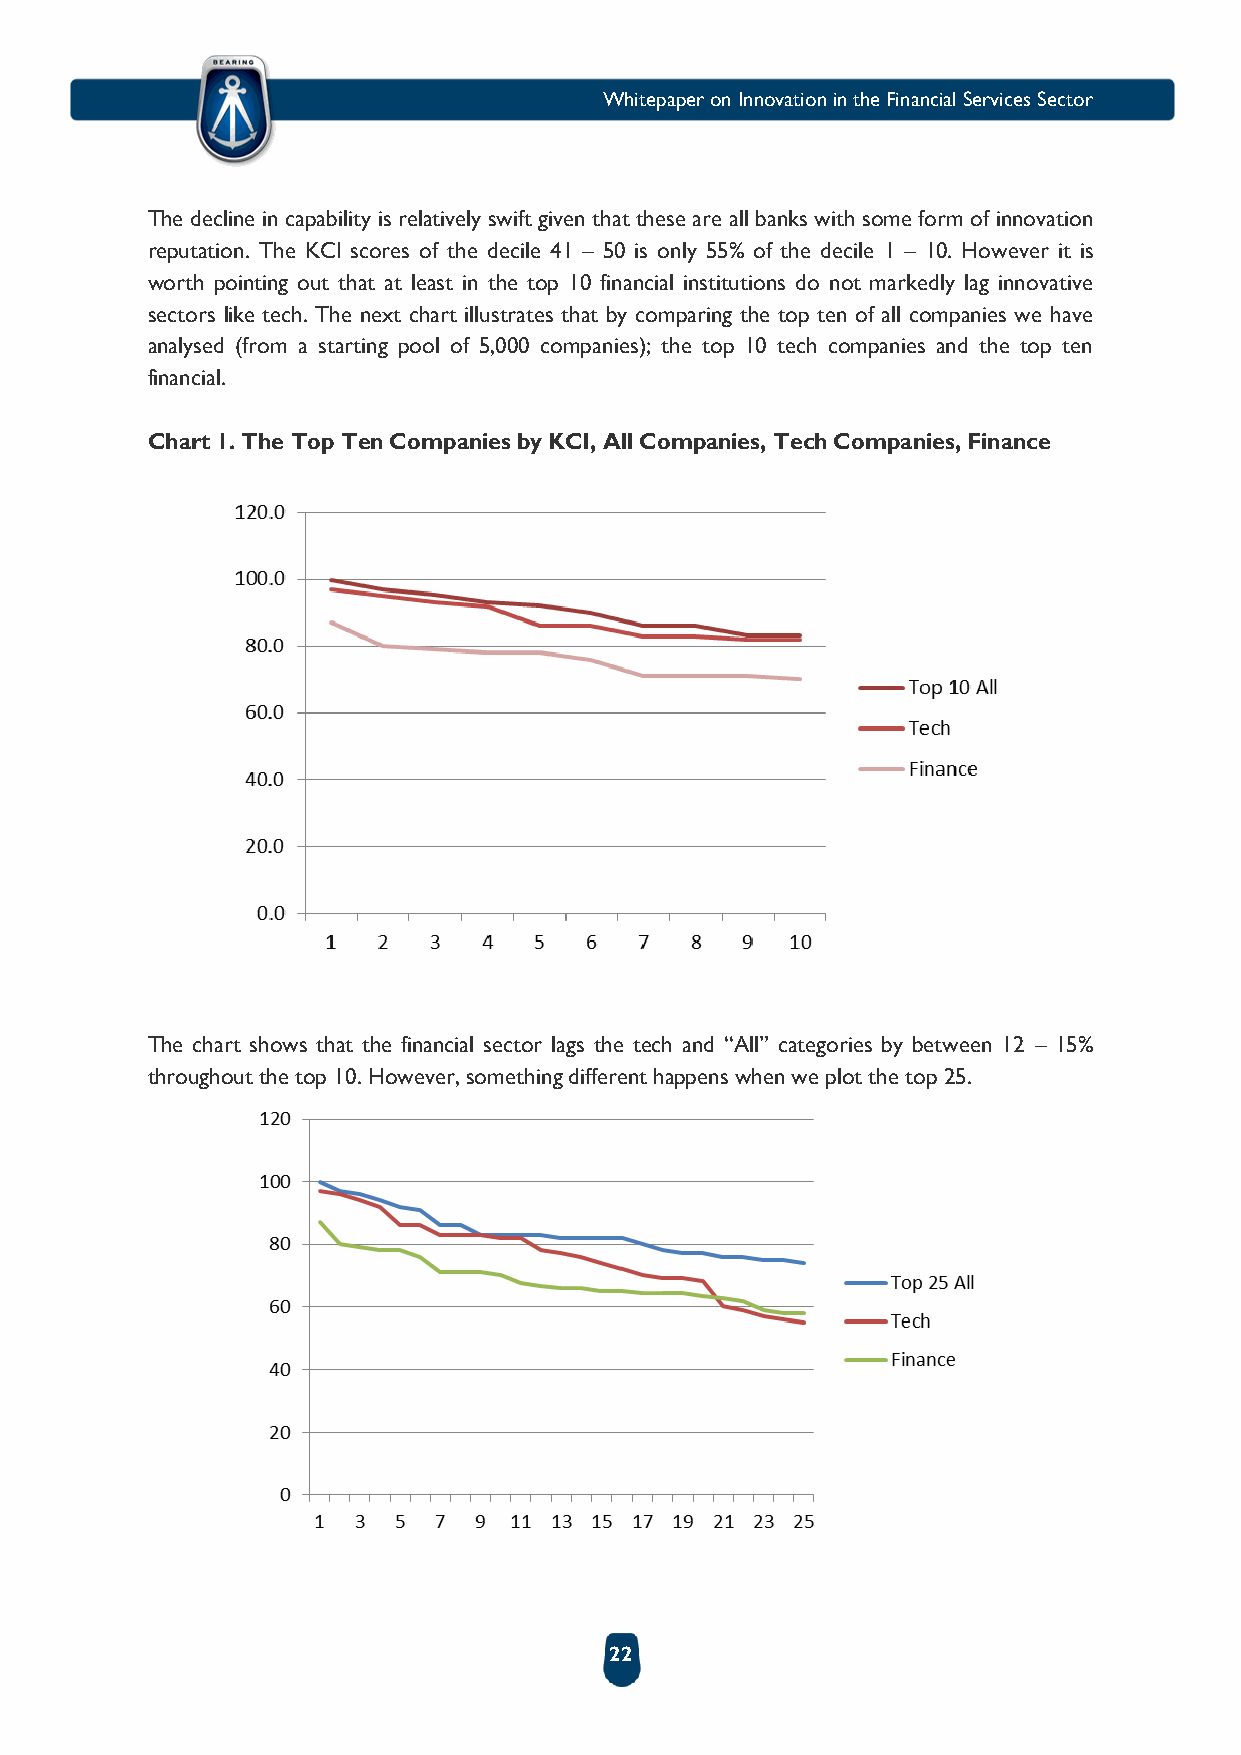
Whitepaper on Innovation in the Financial Services Sector
 The decline in capability is relatively swift given that these are all banks with some form of innovation
 reputation. The KCI scores of the decile 41 – 50 is only 55% of the decile 1 – 10. However it is
 worth pointing out that at least in the top 10 financial institutions do not markedly lag innovative
 sectors like tech. The next chart illustrates that by comparing the top ten of all companies we have
 analysed (from a starting pool of 5,000 companies); the top 10 tech companies and the top ten
 financial.
 Chart 1. The Top Ten Companies by KCI, All Companies, Tech Companies, Finance
 The chart shows that the financial sector lags the tech and “All” categories by between 12 – 15%
 throughout the top 10. However, something different happens when we plot the top 25.
 22